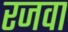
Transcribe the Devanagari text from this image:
रजवा